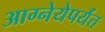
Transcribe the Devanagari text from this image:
आग्नेयेपर्यंत